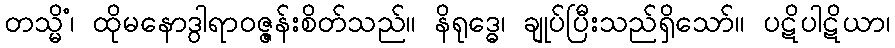
တသ္မိံ၊ ထိုမနောဒွါရာဝဇ္ဇန်းစိတ်သည်။ နိရုဒ္ဓေ၊ ချုပ်ပြီးသည်ရှိသော်။ ပဋိပါဋိယာ၊